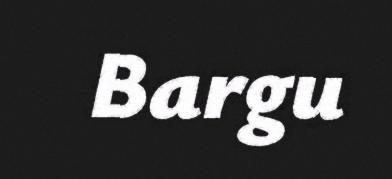
Bargu